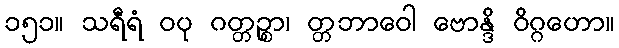
၁၅၁။ သရီရံ ဝပု ဂတ္တဉ္စာ၊ တ္တဘာဝေါ ဗောန္ဒိ ဝိဂ္ဂဟော။